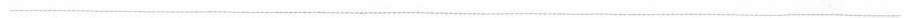
___